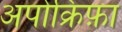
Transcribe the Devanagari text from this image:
अपोक्रिफ़ा